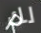
لك